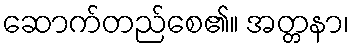
ဆောက်တည်စေ၏။ အတ္တနာ၊